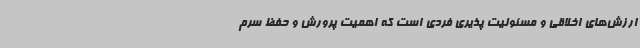
ارزش‌های اخلاقی و مسئولیت پذیری فردی است که اهمیت پرورش و حفظ سرم